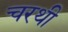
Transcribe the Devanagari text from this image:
चरथी